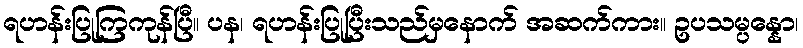
ရဟန်းပြုကြကုန်ပြီ။ ပန၊ ရဟန်းပြုပြီးသည်မှနောက် အဆက်ကား။ ဥပသမ္ပန္နော၊